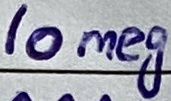
Text: 10meg